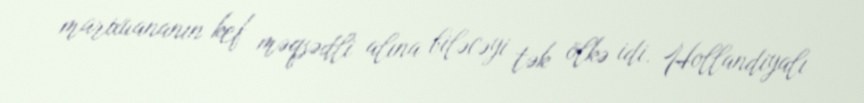
marixuananın kef məqsədli alına biləcəyi tək ölkə idi. Hollandiyalı